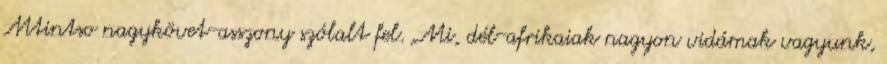
Mtintso nagykövet-asszony szólalt fel. „Mi, dél-afrikaiak nagyon vidámak vagyunk,